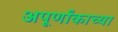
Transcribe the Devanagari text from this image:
अपूर्णांकाच्या